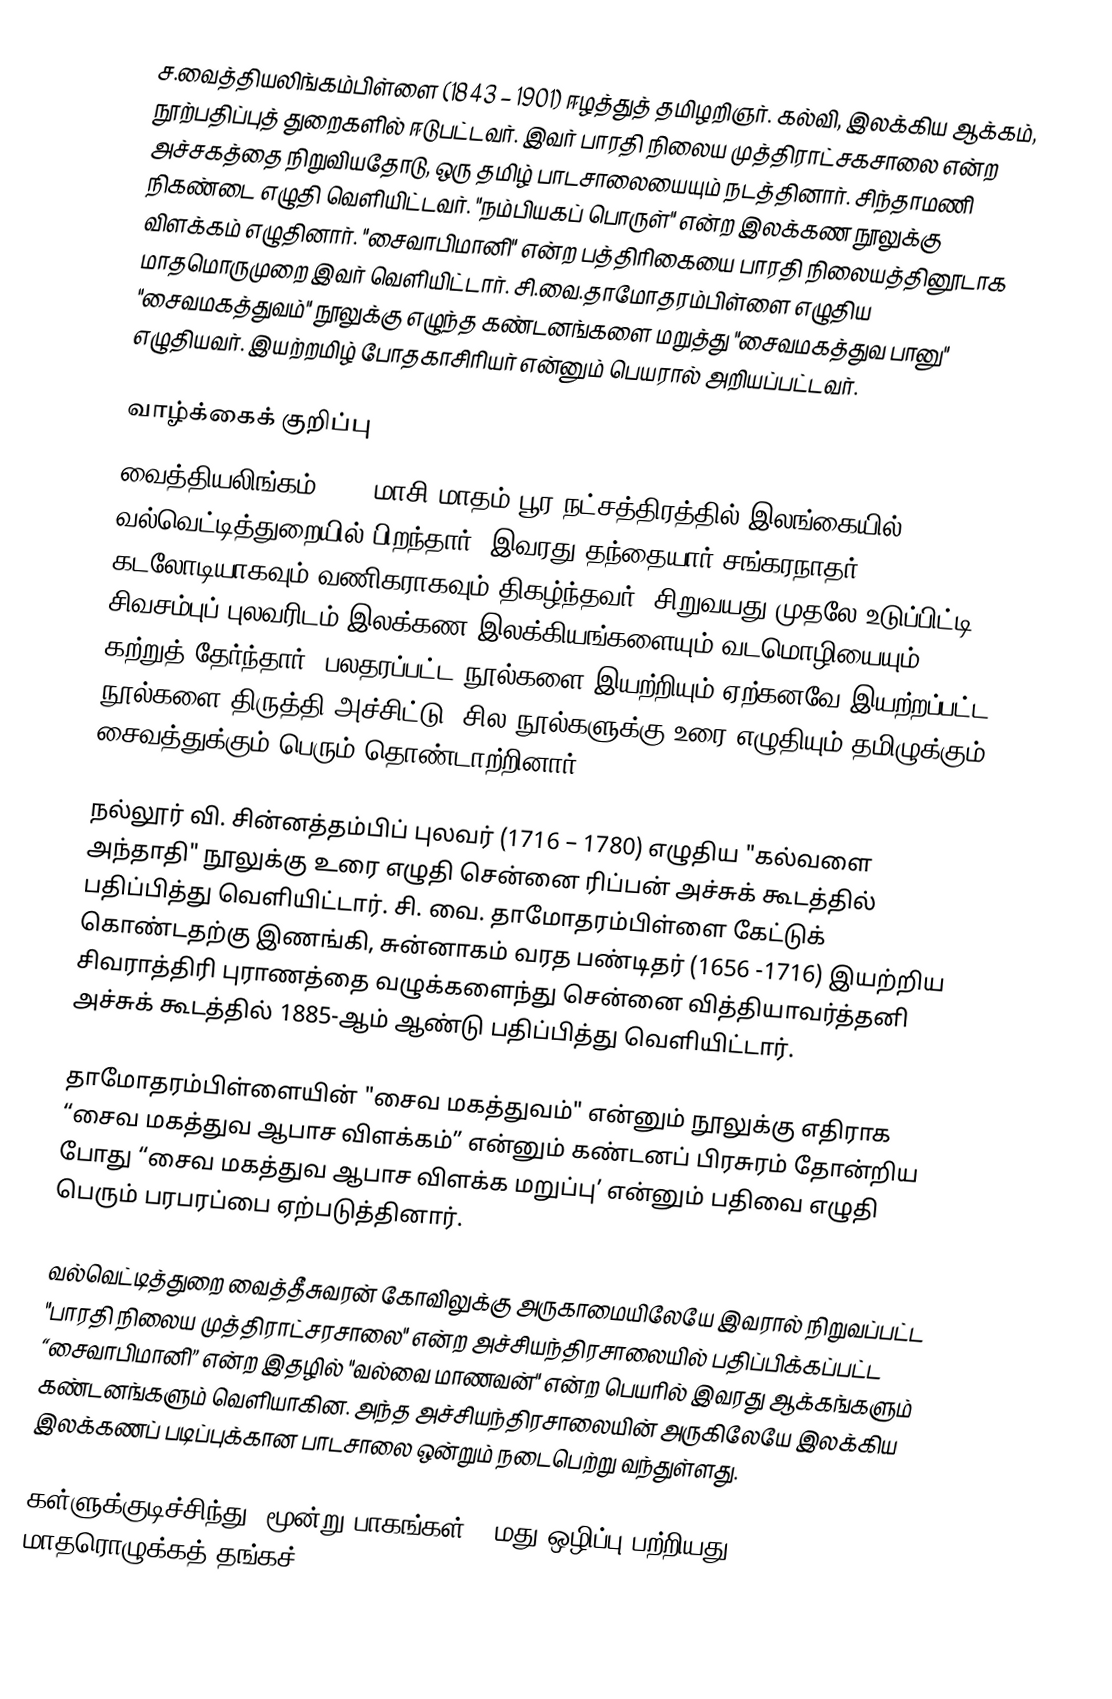
ச.வைத்தியலிங்கம்பிள்ளை (1843 – 1901) ஈழத்துத் தமிழறிஞர். கல்வி, இலக்கிய ஆக்கம், நூற்பதிப்புத் துறைகளில் ஈடுபட்டவர். இவர் பாரதி நிலைய முத்திராட்சகசாலை என்ற அச்சகத்தை நிறுவியதோடு, ஒரு தமிழ் பாடசாலையையும் நடத்தினார். சிந்தாமணி நிகண்டை எழுதி வெளியிட்டவர். "நம்பியகப் பொருள்" என்ற இலக்கண நூலுக்கு விளக்கம் எழுதினார். "சைவாபிமானி" என்ற பத்திரிகையை பாரதி நிலையத்தினூடாக மாதமொருமுறை இவர் வெளியிட்டார். சி.வை.தாமோதரம்பிள்ளை எழுதிய "சைவமகத்துவம்" நூலுக்கு எழுந்த கண்டனங்களை மறுத்து "சைவமகத்துவ பானு" எழுதியவர். இயற்றமிழ் போதகாசிரியர் என்னும் பெயரால் அறியப்பட்டவர்.

வாழ்க்கைக் குறிப்பு
வைத்தியலிங்கம் 1843 மாசி மாதம் பூர நட்சத்திரத்தில் இலங்கையில் வல்வெட்டித்துறையில் பிறந்தார். இவரது தந்தையார் சங்கரநாதர் கடலோடியாகவும் வணிகராகவும் திகழ்ந்தவர். சிறுவயது முதலே உடுப்பிட்டி சிவசம்புப் புலவரிடம் இலக்கண இலக்கியங்களையும் வடமொழியையும் கற்றுத் தேர்ந்தார். பலதரப்பட்ட நூல்களை இயற்றியும் ஏற்கனவே இயற்றப்பட்ட நூல்களை திருத்தி அச்சிட்டு, சில நூல்களுக்கு உரை எழுதியும் தமிழுக்கும் சைவத்துக்கும் பெரும் தொண்டாற்றினார்.

நல்லூர் வி. சின்னத்தம்பிப் புலவர் (1716 – 1780) எழுதிய "கல்வளை அந்தாதி" நூலுக்கு உரை எழுதி சென்னை ரிப்பன் அச்சுக் கூடத்தில் பதிப்பித்து வெளியிட்டார். சி. வை. தாமோதரம்பிள்ளை கேட்டுக் கொண்டதற்கு இணங்கி, சுன்னாகம் வரத பண்டிதர் (1656 -1716) இயற்றிய சிவராத்திரி புராணத்தை வழுக்களைந்து சென்னை வித்தியாவர்த்தனி அச்சுக் கூடத்தில் 1885-ஆம் ஆண்டு பதிப்பித்து வெளியிட்டார்.

தாமோதரம்பிள்ளையின் "சைவ மகத்துவம்" என்னும் நூலுக்கு எதிராக “சைவ மகத்துவ ஆபாச விளக்கம்” என்னும் கண்டனப் பிரசுரம் தோன்றிய போது “சைவ மகத்துவ ஆபாச விளக்க மறுப்பு’ என்னும் பதிவை எழுதி பெரும் பரபரப்பை ஏற்படுத்தினார்.

வல்வெட்டித்துறை வைத்தீசுவரன் கோவிலுக்கு அருகாமையிலேயே இவரால் நிறுவப்பட்ட "பாரதி நிலைய முத்திராட்சரசாலை" என்ற அச்சியந்திரசாலையில் பதிப்பிக்கப்பட்ட “சைவாபிமானி” என்ற இதழில் "வல்வை மாணவன்" என்ற பெயரில் இவரது ஆக்கங்களும் கண்டனங்களும் வெளியாகின. அந்த அச்சியந்திரசாலையின் அருகிலேயே இலக்கிய இலக்கணப் படிப்புக்கான பாடசாலை ஒன்றும் நடைபெற்று வந்துள்ளது.

கள்ளுக்குடிச்சிந்து (மூன்று பாகங்கள் – மது ஒழிப்பு பற்றியது), மாதரொழுக்கத் தங்கச்